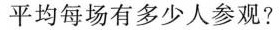
平均每场有多少人参观?